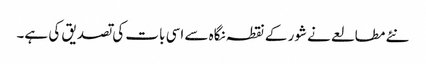
نئے مطالعے نے شور کے نقطہ نگاہ سے اسی بات کی تصدیق کی ہے۔